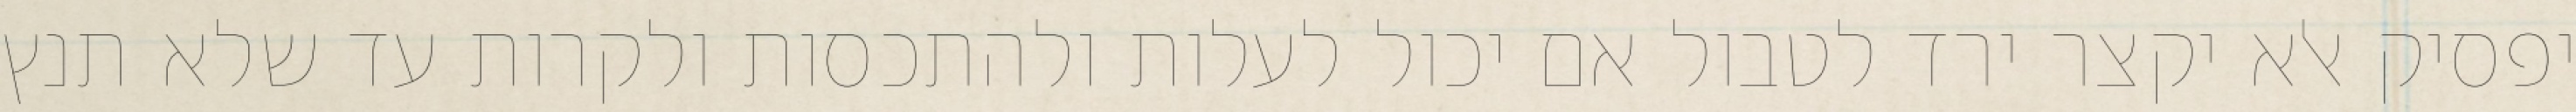
יפסיק אלא יקצר ירד לטבול אם יכול לעלות ולהתכסות ולקרות עד שלא תנץ